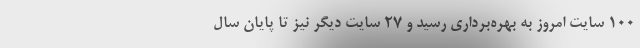
١٠٠ سایت امروز به بهره‌برداری رسید و ٢٧ سایت دیگر نیز تا پایان سال